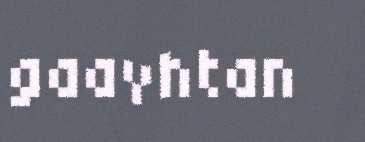
gaavhtan